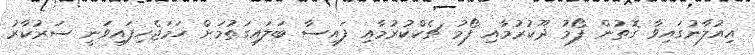
އިއުލާނުގައިވާ ގޮތުން ފޯމު ދޫކުރުމާއި ފޯމު ޗެކްކުރުމާއި ފައިސާ ބަލައިގަތުމަށް ހަމަޖެހިފައިވަނީ ސަރުކާރު